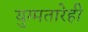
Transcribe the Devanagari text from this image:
युग्मतारेही